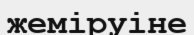
жеміруіне